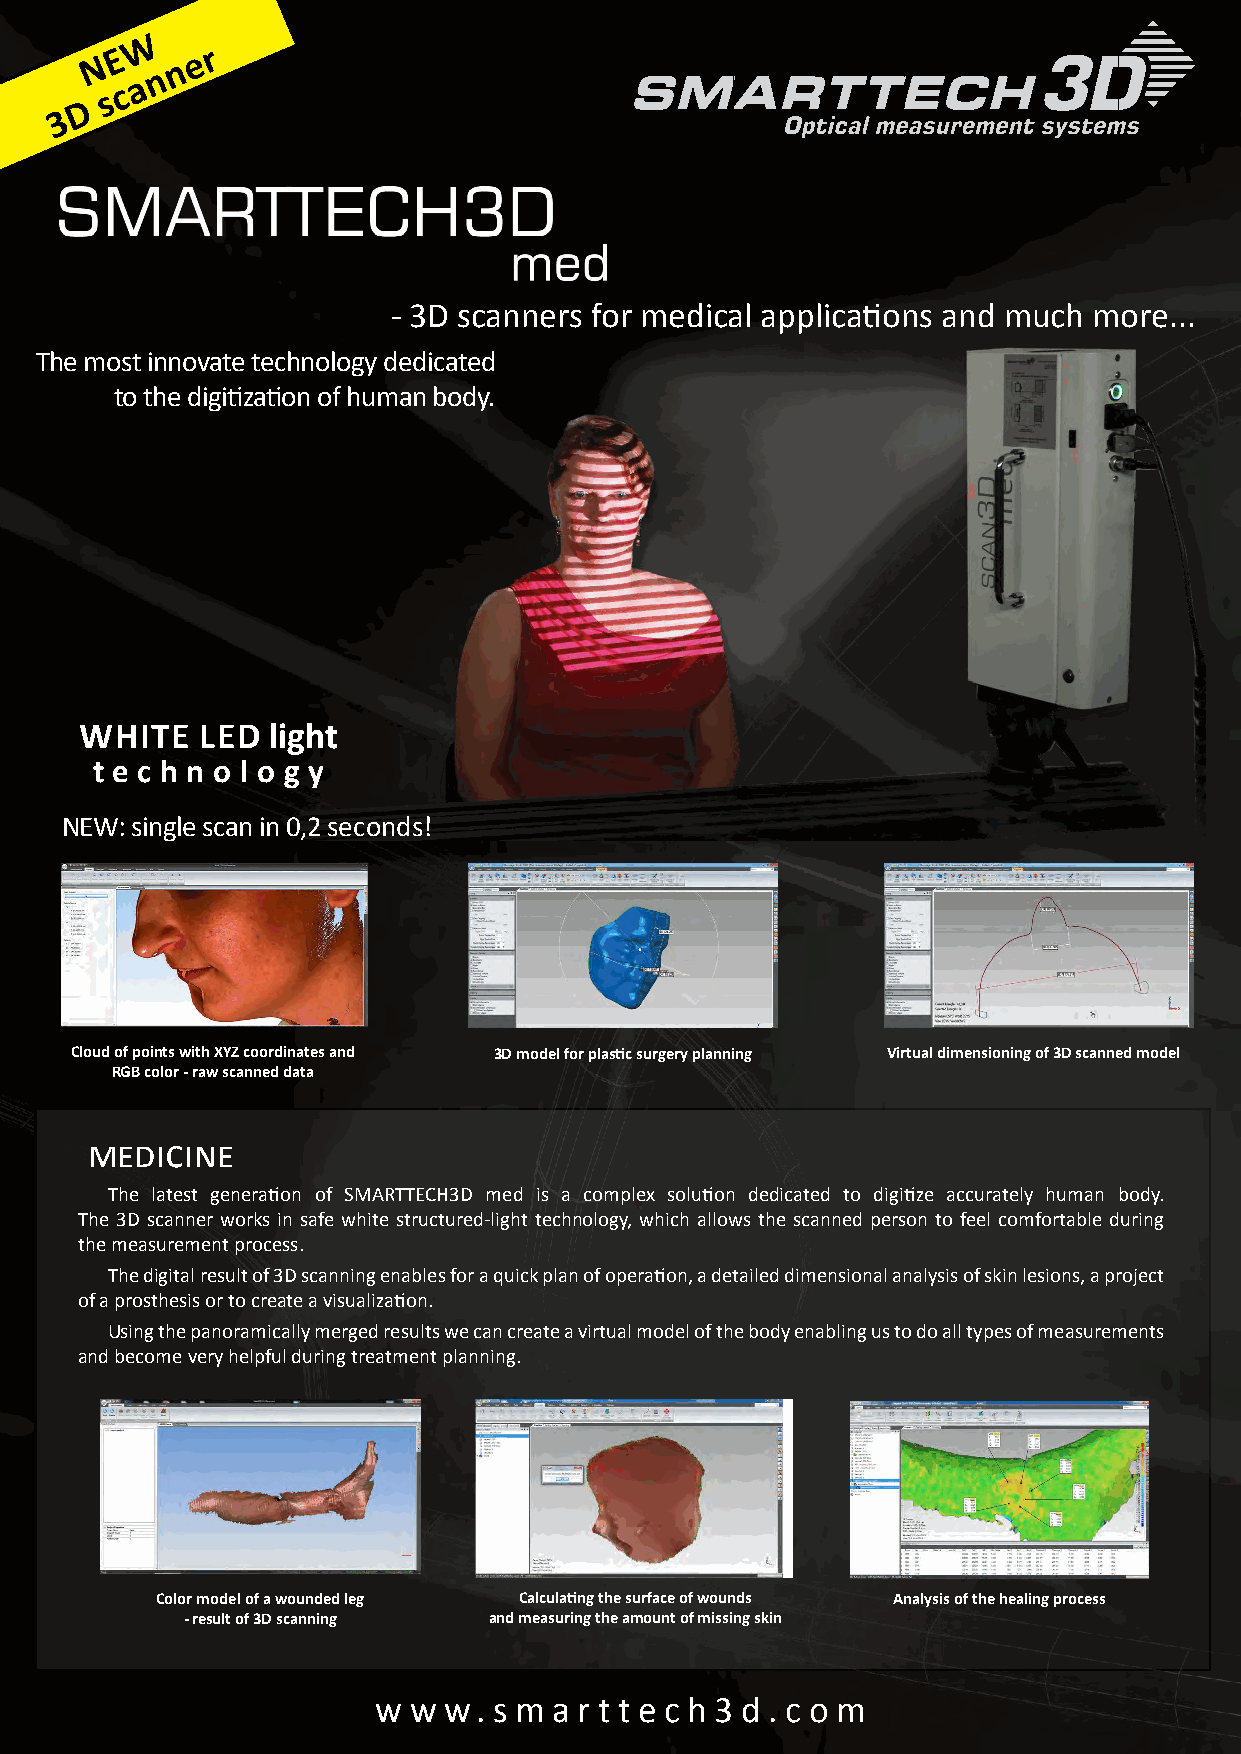
w
 N e   n e r
 n
 a
 c
 D
 s
 3
 - 3D scanners for medical applications and much more...
 The most innovate technology dedicated
 to the digitization of human body.
 white   LeD  light
 t e c h n o l o g y
 NEW: single scan in 0,2 seconds!
 Cloud of points with XYZ coordinates and 3D model for plastic surgery planning Virtual dimensioning of 3D scanned model
 RGB color - raw scanned data
 medicine
 The latest generation of SMARTTECH3D med is a complex solution dedicated to digitize accurately human body.
 The 3D scanner works in safe white structured-light technology, which allows the scanned person to feel comfortable during
 the measurement process.
 The digital result of 3D scanning enables for a quick plan of operation, a detailed dimensional analysis of skin lesions, a project
 of a prosthesis or to create a visualization.
 Using the panoramically merged results we can create a virtual model of the body enabling us to do all types of measurements
 and become very helpful during treatment planning.
 Color model of a wounded leg Calculating the surface of wounds Analysis of the healing process
 - result of 3D scanning and measuring the amount of missing skin
 w w w.  s m a r t t e c h 3 d . c o m